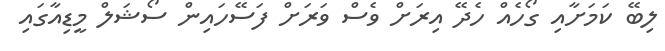
ލިބޭ ކަމަށާއި ގޯހެއް ހެދޭ އިރަށް ވެސް ވަރަށް ފަސޭހައިން ސޯޝަލް މީޑިއާގައި